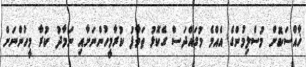
ޚާއްސަކޮށް މުސްލިމުންގެ އެއްމެ މުގައްދަސް ގެކޮޅު ޠަވާފު ކުރާމީހުންނަށާއި ނަމާދު ކުރާ މީހުންނަށް